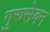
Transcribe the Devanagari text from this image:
गुरुसेवन